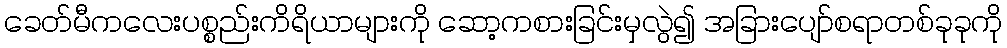
ခေတ်မီကလေးပစ္စည်းကိရိယာများကို ဆော့ကစားခြင်းမှလွဲ၍ အခြားပျော်စရာတစ်ခုခုကို